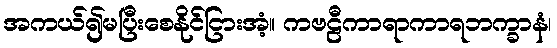
အကယ်၍မပြီးစေနိုင်ငြားအံ့။ ကဗဠီကာရာကာရဘက္ခာနံ၊